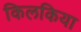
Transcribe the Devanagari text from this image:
किलकिया